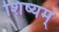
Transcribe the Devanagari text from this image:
शिष्यम्